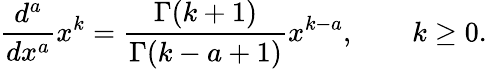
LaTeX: {\frac{d^{a}}{dx^{a}}}x^{k}={\frac{\Gamma(k+1)}{\Gamma(k-a+1)}}x^{k-a},\qquad k\geq 0.